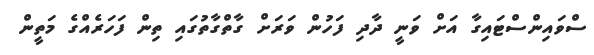
ސްވައިންސްޓައިގާ އަށް ވަނީ ދާދި ފަހުން ވަރަށް ގާތްގާތުގައި ތިން ފަހަރެއްގެ މަތީން